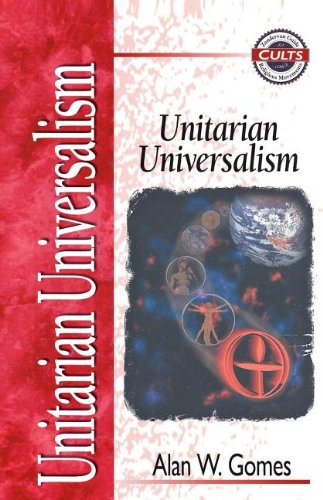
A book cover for Unitarian Universalism; Religion & Spirituality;